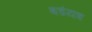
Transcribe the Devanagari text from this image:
षडंयत्र